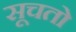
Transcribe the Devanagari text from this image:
सूचतो